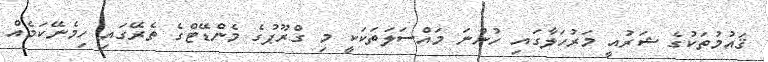
ޤައުމުތަކުގެ ޝަރުއީ މަރުހަލާގައި ހުންނަ މައްސަލަތަކަކީ މި ގްރޫޕުގެ މެންޑޭޓްގެ ތެރޭގައި ހިމެނޭކަމެއް